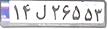
۱۴ل۲۶۵۵۳